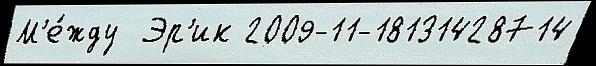
М'е́жду  Эр'ик 2009-11-18131428714